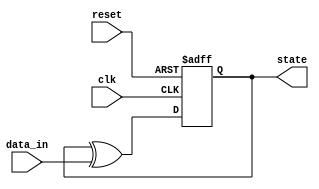
module FeedbackRegister (
    input wire clk,          // Clock signal
    input wire reset,        // Reset signal
    input wire [3:0] data_in, // External data input
    output reg [3:0] state   // Current state output
);

// Feedback logic: Example logic (XOR between current state and data input)
wire [3:0] next_state;
assign next_state = state ^ data_in; // Feedback logic can be modified as needed

// Sequential logic: State update on clock edge
always @(posedge clk or posedge reset) begin
    if (reset) begin
        state <= 4'b0000; // Reset state to 0
    end else begin
        state <= next_state; // Update state with feedback logic
    end
end

endmodule